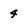
Character: 4